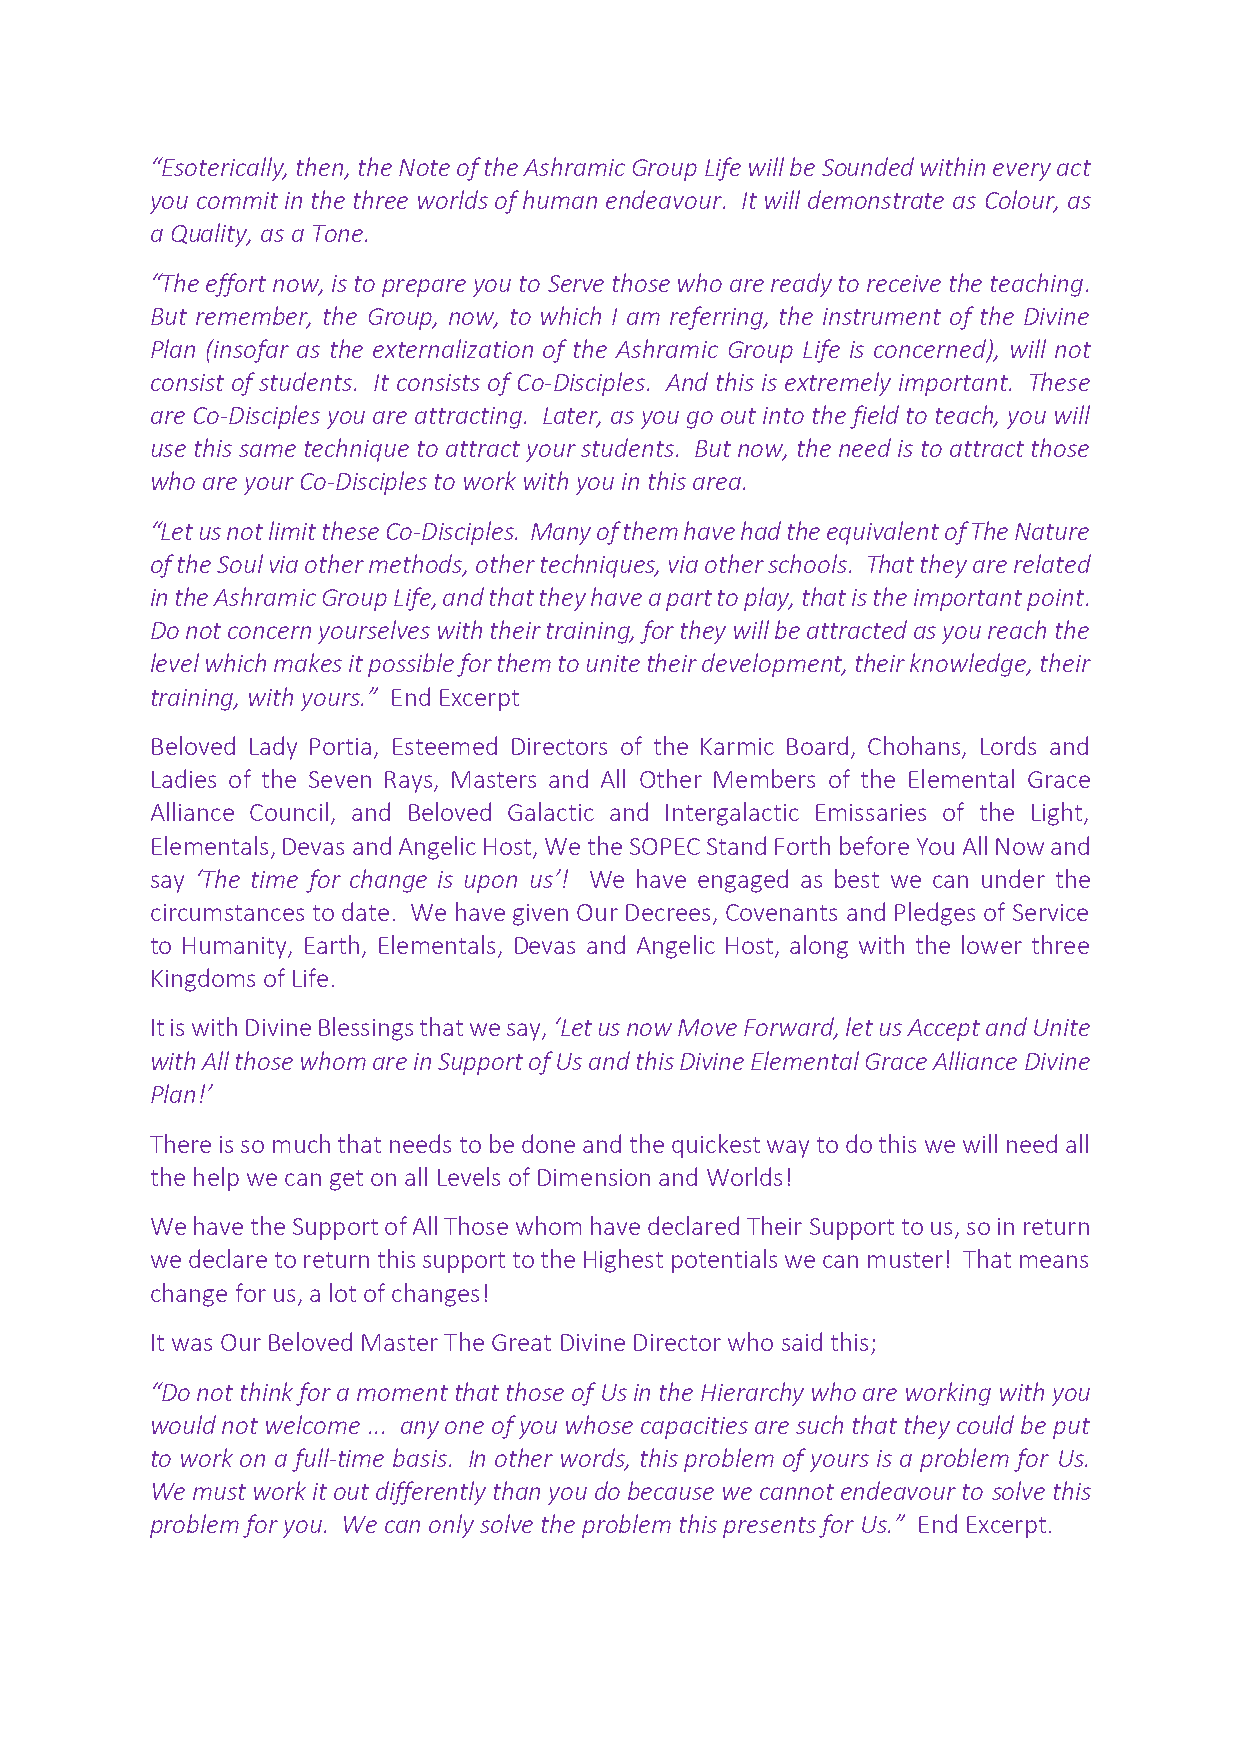
“Esoterically, then, the Note of the Ashramic Group Life will be Sounded within every act
 you commit in the three worlds of human endeavour. It will demonstrate as Colour, as
 a Quality, as a Tone.
 “The effort now, is to prepare you to Serve those who are ready to receive the teaching.
 But remember, the Group, now, to which I am referring, the instrument of the Divine
 Plan (insofar as the externalization of the Ashramic Group Life is concerned), will not
 consist of students. It consists of Co-Disciples. And this is extremely important. These
 are Co-Disciples you are attracting. Later, as you go out into the field to teach, you will
 use this same technique to attract your students. But now, the need is to attract those
 who are your Co-Disciples to work with you in this area.
 “Let us not limit these Co-Disciples. Many of them have had the equivalent of The Nature
 of the Soul via other methods, other techniques, via other schools. That they are related
 in the Ashramic Group Life, and that they have a part to play, that is the important point.
 Do not concern yourselves with their training, for they will be attracted as you reach the
 level which makes it possible for them to unite their development, their knowledge, their
 training, with yours.” End Excerpt
 Beloved Lady Portia, Esteemed Directors of the Karmic Board, Chohans, Lords and
 Ladies of the Seven Rays, Masters and All Other Members of the Elemental Grace
 Alliance Council, and Beloved Galactic and Intergalactic Emissaries of the Light,
 Elementals, Devas and Angelic Host, We the SOPEC Stand Forth before You All Now and
 say ‘The time for change is upon us’! We have engaged as best we can under the
 circumstances to date. We have given Our Decrees, Covenants and Pledges of Service
 to Humanity, Earth, Elementals, Devas and Angelic Host, along with the lower three
 Kingdoms of Life.
 It is with Divine Blessings that we say, ‘Let us now Move Forward, let us Accept and Unite
 with All those whom are in Support of Us and this Divine Elemental Grace Alliance Divine
 Plan!’
 There is so much that needs to be done and the quickest way to do this we will need all
 the help we can get on all Levels of Dimension and Worlds!
 We have the Support of All Those whom have declared Their Support to us, so in return
 we declare to return this support to the Highest potentials we can muster! That means
 change for us, a lot of changes!
 It was Our Beloved Master The Great Divine Director who said this;
 “Do not think for a moment that those of Us in the Hierarchy who are working with you
 would not welcome ... any one of you whose capacities are such that they could be put
 to work on a full-time basis. In other words, this problem of yours is a problem for Us.
 We must work it out differently than you do because we cannot endeavour to solve this
 problem for you. We can only solve the problem this presents for Us.” End Excerpt.